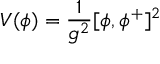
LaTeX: V ( \phi ) = { \frac { 1 } { g ^ { 2 } } } [ \phi , \phi ^ { + } ] ^ { 2 }